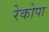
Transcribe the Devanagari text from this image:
रेकोपा